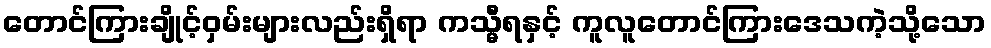
တောင်ကြားချိုင့်ဝှမ်းများလည်းရှိရာ ကသ္မီရနှင့် ကူလူတောင်ကြားဒေသကဲ့သို့သော